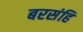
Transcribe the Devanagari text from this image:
बरसंहि